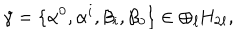
\gamma = \{ \alpha ^ { 0 } , \alpha ^ { i } , \beta _ { i } , \beta _ { 0 } \} \in \oplus _ { \ell } \mathrm { H } _ { 2 \ell } ,